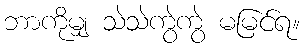
ဘာကိုမျှ သဲသဲကွဲကွဲ မမြင်ရ။